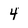
Character: 4